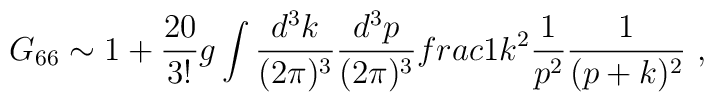
G_{66}\sim 1+\frac{20}{3!}g\int\frac{d^3k}{(2\pi)^3}\frac{d^3p}{(2\pi)^3}\\frac{1}{k^2}\frac{1}{p^2}\frac{1}{(p+k)^2}~,